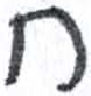
אות: ח